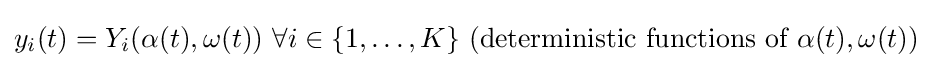
y_{i}(t)=Y_{i}(\alpha (t),\omega (t)){\text{ }}\forall i\in \{1,\ldots ,K\}{\text{ (deterministic functions of }}\alpha (t),\omega (t){\text{)}}